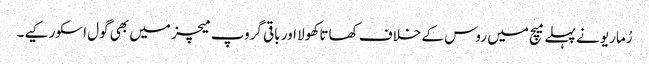
رُماریو نے پہلے میچ میں روس کے خلاف کھاتا کھولا اور باقی گروپ میچز میں بھی گول اسکور کیے۔